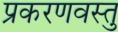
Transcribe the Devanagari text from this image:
प्रकरणवस्तु